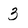
Character: 3